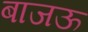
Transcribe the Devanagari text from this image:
बाजऊ